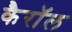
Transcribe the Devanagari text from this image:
कैराॅल